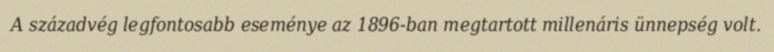
A századvég legfontosabb eseménye az 1896-ban megtartott millenáris ünnepség volt.